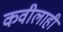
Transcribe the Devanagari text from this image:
कवीलाही